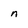
Character: n